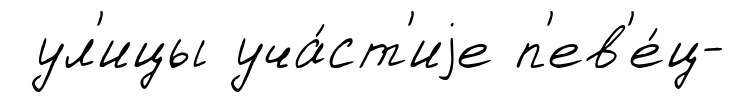
ул'ицы уча́ст'иjе п'ев'е́ц-